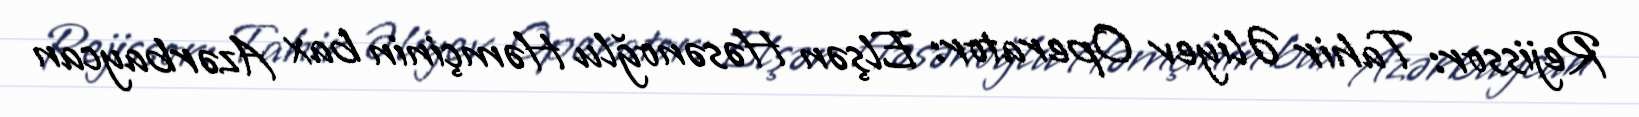
Rejissor: Tahir Əliyev Operator: Elşən Həsənoğlu Həmçinin bax Azərbaycan